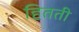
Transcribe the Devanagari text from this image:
हितती